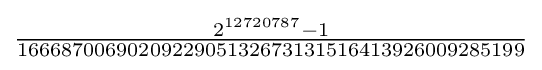
{\tfrac {2^{12720787}-1}{1666870069020922905132673131516413926009285199}}